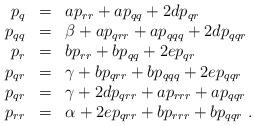
LaTeX: \begin{align*}\begin{array}{rcl} p_q &=& a p_{rr} + a p_{qq} + 2d p_{qr}\\ p_{qq} &=& \beta + a p_{qrr} + a p_{qqq} + 2d p_{qqr}\\ p_r &=& b p_{rr} + b p_{qq} + 2ep_{qr}\\ p_{qr} &=& \gamma + b p_{qrr} + b p_{qqq} + 2e p_{qqr}\\ p_{qr} &=& \gamma + 2d p_{qrr} + a p_{rrr} + a p_{qqr}\\ p_{rr} &=& \alpha + 2e p_{qrr} + b p_{rrr} + b p_{qqr}\ .\end{array}\end{align*}